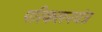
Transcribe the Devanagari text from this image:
परिकलनयंत्र